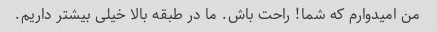
من امیدوارم که شما! راحت باش. ما در طبقه بالا خیلی بیشتر داریم.